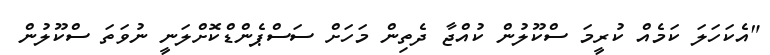
"އެކަހަލަ ކަމެއް ކުރީމަ ސްކޫލުން ކުއްޖާ ދެތިން މަހަށް ސަސްޕެންޑްކޮށްލަނީ ނުވަތަ ސްކޫލުން